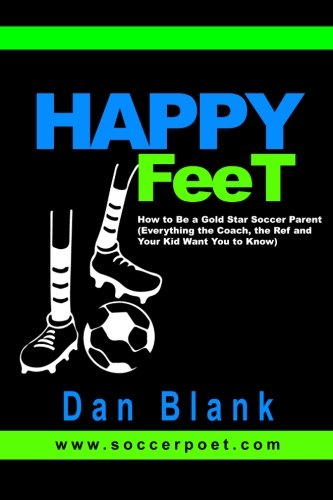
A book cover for HAPPY FEET - How to Be a Gold Star Soccer Parent: (Everything the Coach, the Ref and Your Kid Want You to Know); Dan Blank; Sports & Outdoors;